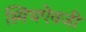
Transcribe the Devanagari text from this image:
स्मिथऐवजी